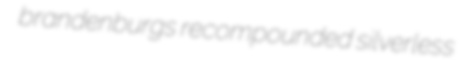
brandenburgs recompounded silverless